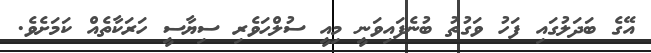
އޭގެ ބަދަލުގައި ފަހު ވަގުތު ބުނެފައިވަނީ މިއީ ސުލްހަވެރި ސިޔާސީ ހަރަކާތެއް ކަމަށެވެ.